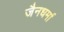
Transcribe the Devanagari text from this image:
जैनधर्मा